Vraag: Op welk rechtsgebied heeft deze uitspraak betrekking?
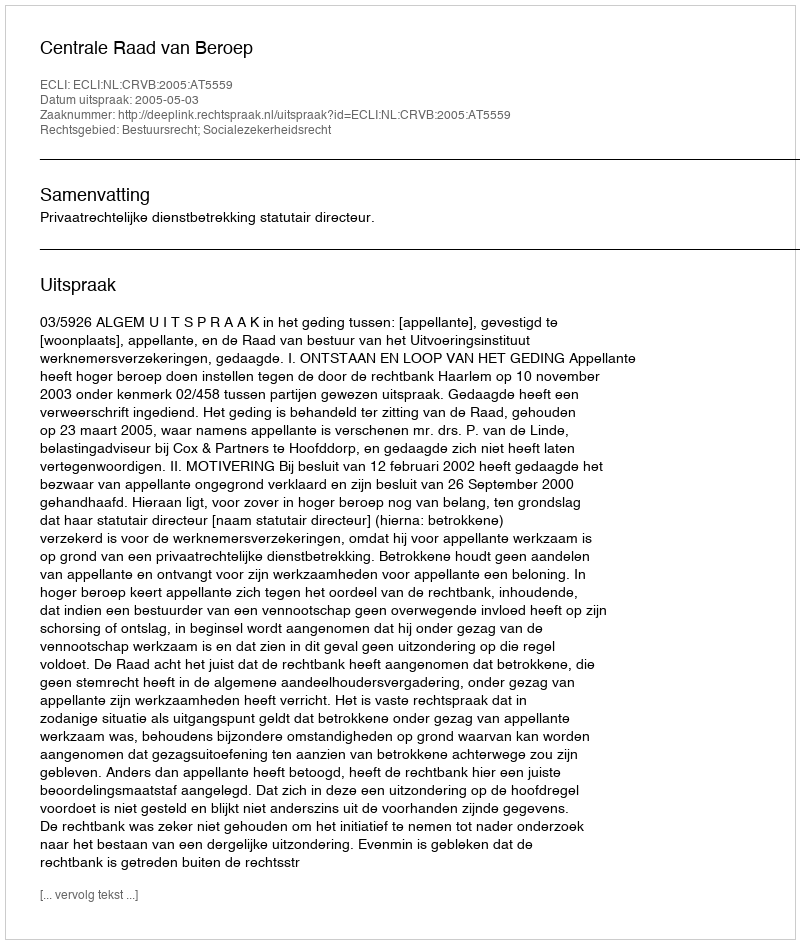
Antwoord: Bestuursrecht; Socialezekerheidsrecht